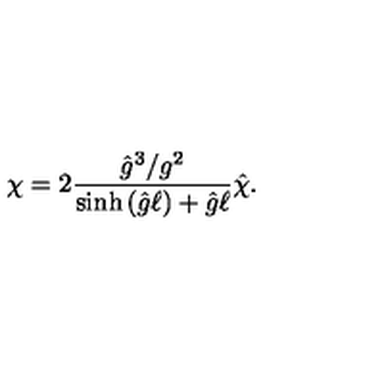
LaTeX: \chi = 2 \frac { { \hat { g } } ^ { 3 } / g ^ { 2 } } { \sinh { \left( { \hat { g } } \ell \right) } + { \hat { g } } \ell } { \hat { \chi } } .